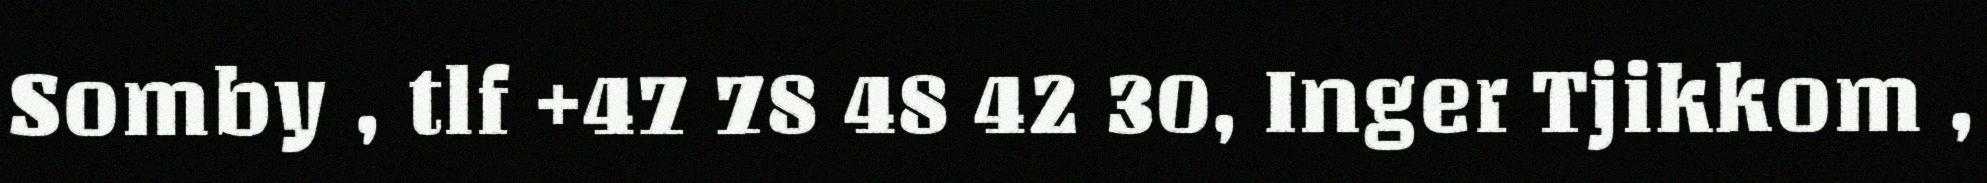
Somby , tlf +47 78 48 42 30, Inger Tjikkom ,